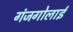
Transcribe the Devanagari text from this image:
गंजगोलाई